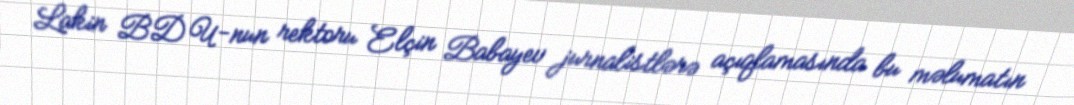
Lakin BDU-nun rektoru Elçin Babayev jurnalistlərə açıqlamasında bu məlumatın